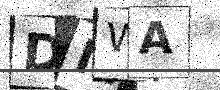
Text: DMWA